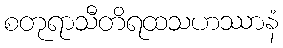
စတုရာသီတိရထသဟဿာနံ